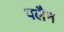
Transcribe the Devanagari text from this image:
पलैन